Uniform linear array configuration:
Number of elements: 16
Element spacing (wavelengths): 0.5
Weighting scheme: blackman
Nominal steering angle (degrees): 15
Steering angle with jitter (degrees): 15.367
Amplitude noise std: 0.05
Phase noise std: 0.05

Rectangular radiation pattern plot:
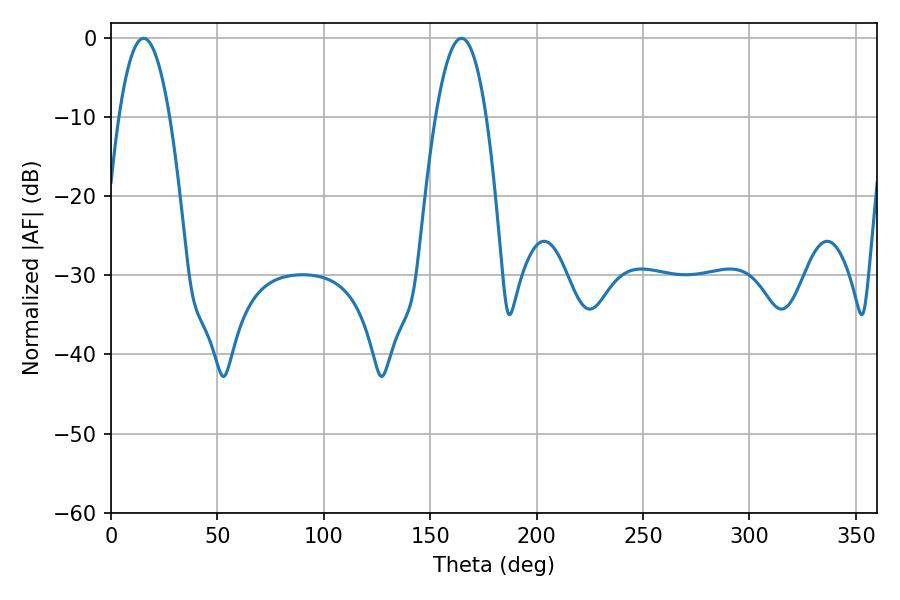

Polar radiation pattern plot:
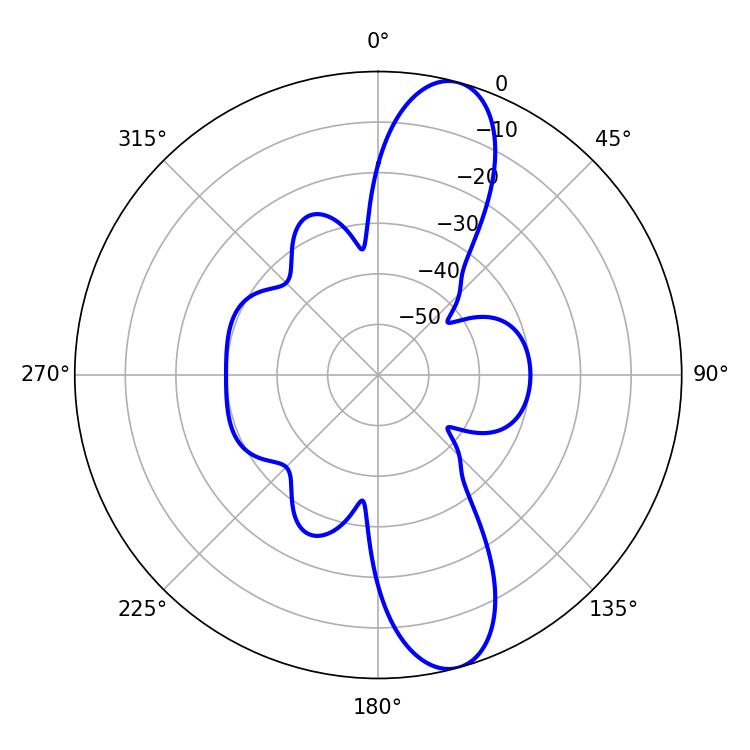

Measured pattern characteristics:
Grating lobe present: FALSE
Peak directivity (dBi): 11.894
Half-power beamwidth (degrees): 13.14
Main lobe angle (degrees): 15.3